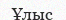
Ұлыс